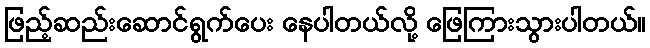
ဖြည့်ဆည်းဆောင်ရွက်ပေး နေပါတယ်လို့ ဖြေကြားသွားပါတယ်။